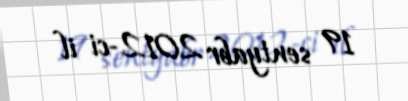
19 sentyabr 2012-ci il